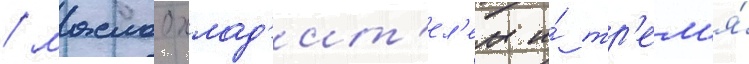
/ маслоохлад'ит'ел'ем и́ тр'ем'я́